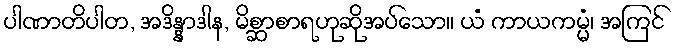
ပါဏာတိပါတ, အဒိန္နာဒါန, မိစ္ဆာစာရဟုဆိုအပ်သော။ ယံ ကာယကမ္မံ၊ အကြင်